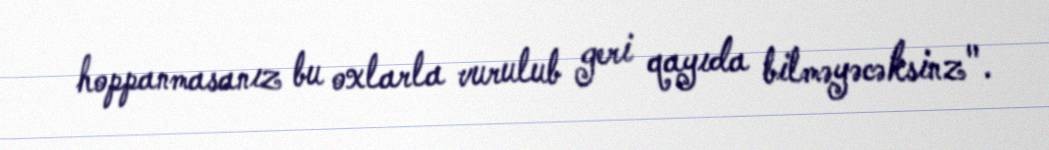
hoppanmasanız bu oxlarla vurulub geri qayıda bilməyəcəksinz".